Juri_Uluots, lk 21
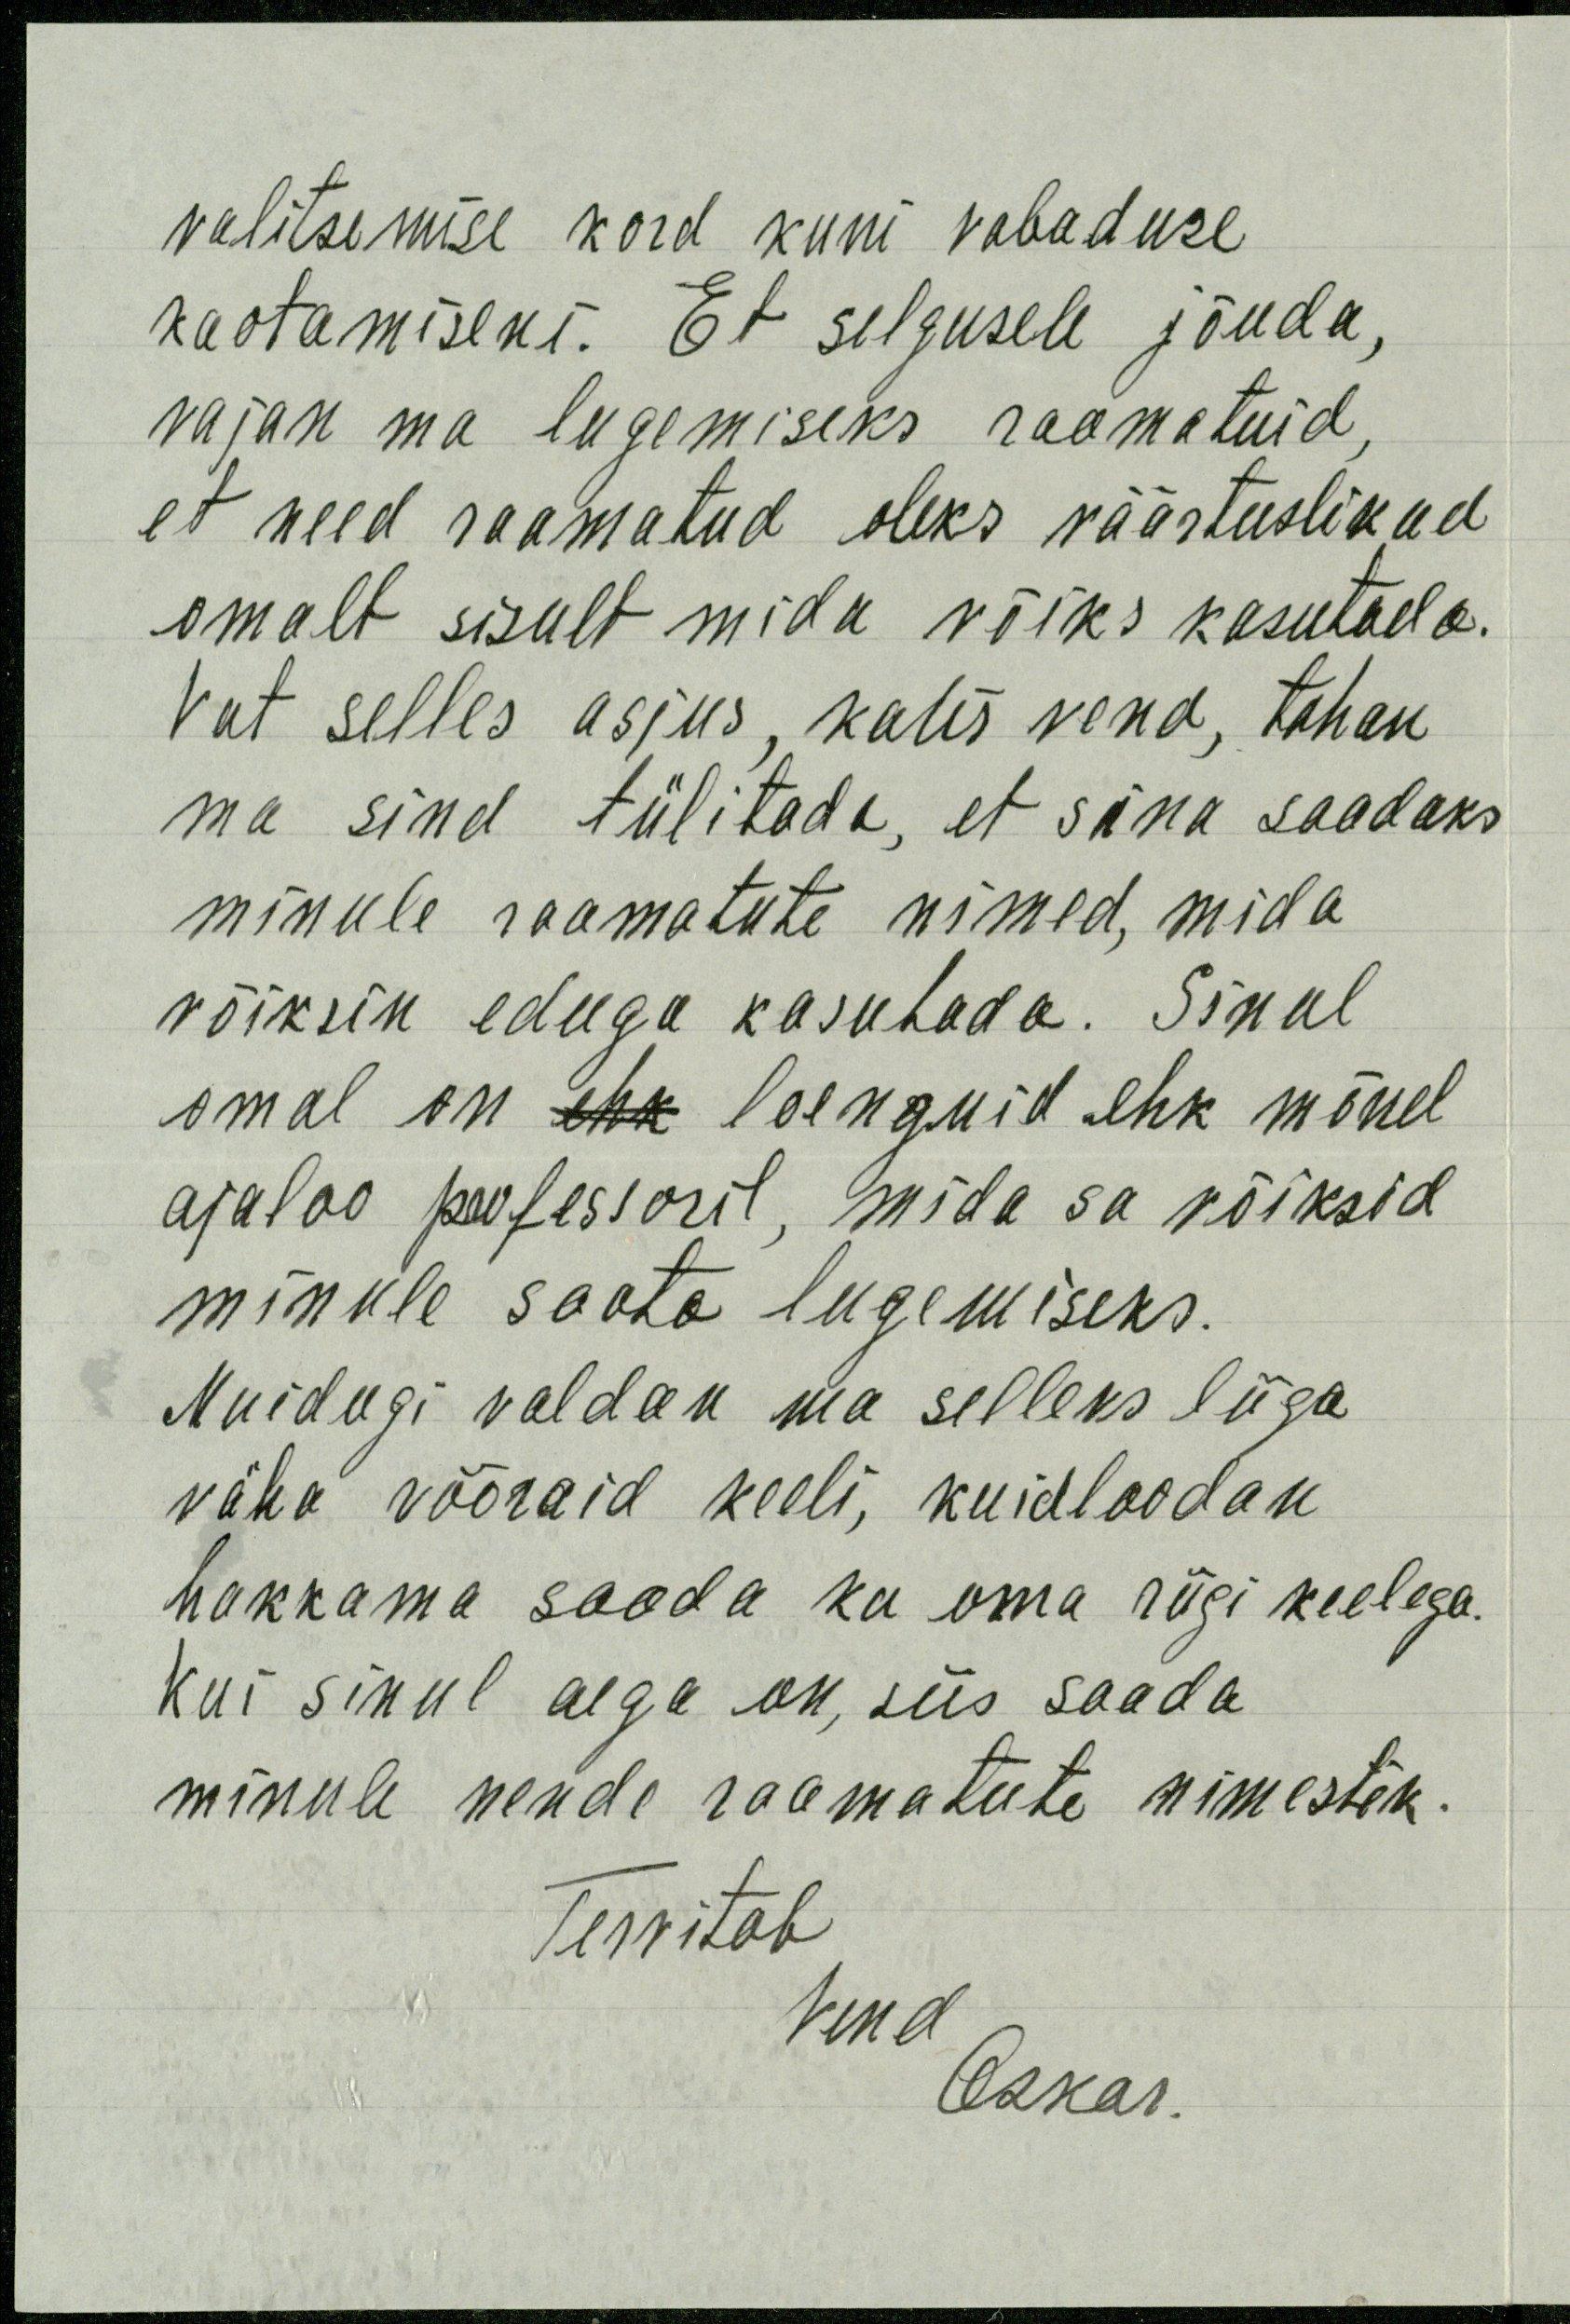
valitsemise kord kuni vabaduse
kaotamiseni. Et selgusele jõuda,
vajan ma lugemiseks raamatuid,
et need raamatud oleks väärtuslikud
omalt sisult mida võiks kasutada.
Vat selles asjus, kalis vend, tahan
ma sind tülitada, et sina saadaks
minule raamatute nimed, mida
võiksin eduga kasutada. Sinul
omal on ehk loenguid ehk mõnel
ajaloo professoril, mida sa võiksid
minule saata lugemiseks.
Muidugi valdan ma selleks liiga
väha võõraid keeli, kuid loodan
hakkama saada ka oma riigi keelega.
Kui sinul aega on, siis saada
minule nende raamatute nimestik.
Tervitab
Vend
Oskar.